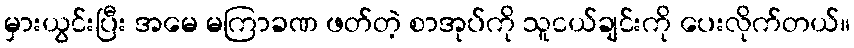
မှားယွင်းပြီး အမေ မကြာခဏ ဖတ်တဲ့ စာအုပ်ကို သူငယ်ချင်းကို ပေးလိုက်တယ်။